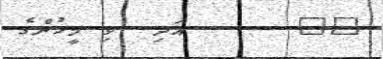
٨٦      އަދި  ވި މީހުންގެ